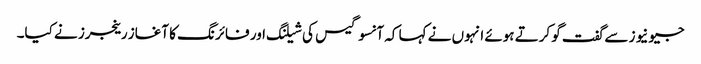
جیو نیوز سے گفت گو کرتے ہوئے انہوں نے کہا کہ آنسو گیس کی شیلنگ اور فائرنگ کا آغاز رینجرز نے کیا۔